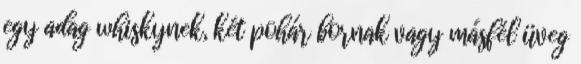
egy adag whiskynek, két pohár bornak vagy másfél üveg